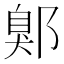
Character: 鄓